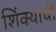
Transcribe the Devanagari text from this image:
शिंक्याची